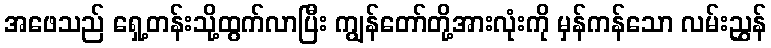
အဖေသည် ရှေ့တန်းသို့ထွက်လာပြီး ကျွန်တော်တို့အားလုံးကို မှန်ကန်သော လမ်းညွှန်